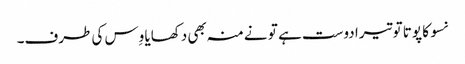
نسو کا پوتا تو تیرا دوست ہے تو نے منہ بھی دکھایا وِس کی طرف۔